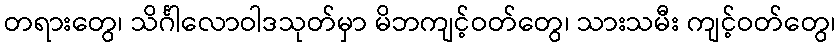
တရားတွေ၊ သိင်္ဂါလောဝါဒသုတ်မှာ မိဘကျင့်ဝတ်တွေ၊ သားသမီး ကျင့်ဝတ်တွေ၊